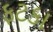
ફટકા